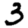
Digit: 3